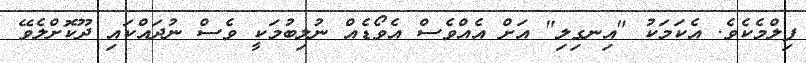
ފިލްމެކެވެ. އެކަމަކު "އިނގިލި" އަށް އެއްވެސް އެވޯޑެއް ނުލިބުމަކީ ވެސް ނުދައްކައި ދޫކޮށްލެވޭ